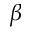
\beta